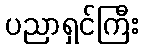
ပညာရှင်ကြီး